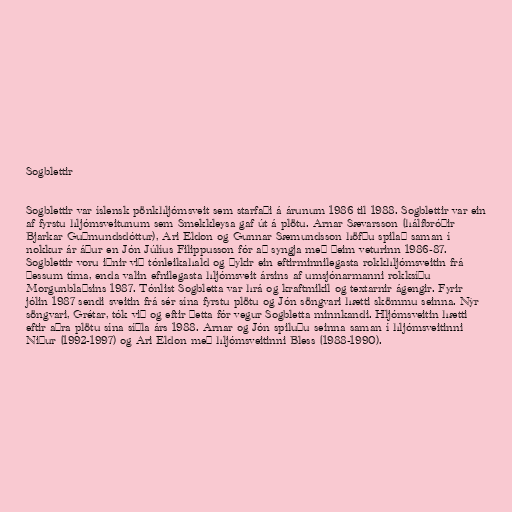
Sogblettir

Sogblettir var íslensk pönkhljómsveit sem starfaði á árunum 1986 til 1988. Sogblettir var ein
af fyrstu hljómsveitunum sem Smekkleysa gaf út á plötu. Arnar Sævarsson (hálfbróðir
Bjarkar Guðmundsdóttur), Ari Eldon og Gunnar Sæmundsson höfðu spilað saman í
nokkur ár áður en Jón Júlíus Filippusson fór að syngja með þeim veturinn 1986-87.
Sogblettir voru iðnir við tónleikahald og þykir ein eftirminnilegasta rokkhljómsveitin frá
þessum tíma, enda valin efnilegasta hljómsveit ársins af umsjónarmanni rokksíðu
Morgunblaðsins 1987. Tónlist Sogbletta var hrá og kraftmikil og textarnir ágengir. Fyrir
jólin 1987 sendi sveitin frá sér sína fyrstu plötu og Jón söngvari hætti skömmu seinna. Nýr
söngvari, Grétar, tók við og eftir þetta fór vegur Sogbletta minnkandi. Hljómsveitin hætti
eftir aðra plötu sína síðla árs 1988. Arnar og Jón spiluðu seinna saman í hljómsveitinni
Niður (1992-1997) og Ari Eldon með hljómsveitinni Bless (1988-1990).